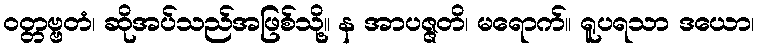
ဝတ္တဗ္ဗတံ၊ ဆိုအပ်သည်အဖြစ်သို့။ န အာပဇ္ဇတိ၊ မရောက်။ ရူပရသာ ဒယော၊